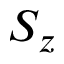
S _ { z }